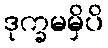
ဒုက္ခမမှိပိ